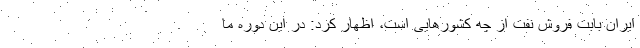
ایران بابت فروش نفت از چه کشورهایی است، اظهار کرد: در این دوره ما